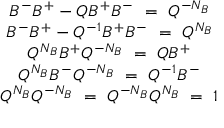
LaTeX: \begin{array} { c } { { B ^ { - } B ^ { + } - Q B ^ { + } B ^ { - } ~ = ~ Q ^ { - N _ { B } } } } \\ { { B ^ { - } B ^ { + } - Q ^ { - 1 } B ^ { + } B ^ { - } ~ = ~ Q ^ { N _ { B } } } } \\ { { Q ^ { N _ { B } } B ^ { + } Q ^ { - N _ { B } } ~ = ~ Q B ^ { + } } } \\ { { Q ^ { N _ { B } } B ^ { - } Q ^ { - N _ { B } } ~ = ~ Q ^ { - 1 } B ^ { - } } } \\ { { Q ^ { N _ { B } } Q ^ { - N _ { B } } ~ = ~ Q ^ { - N _ { B } } Q ^ { N _ { B } } ~ = ~ 1 } } \end{array}